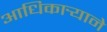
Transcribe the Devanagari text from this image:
आधिकार्‍याने